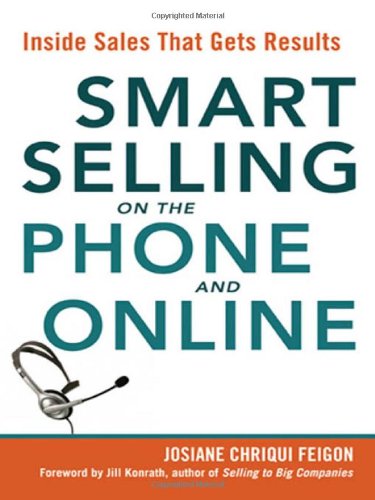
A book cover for Smart Selling on the Phone and Online: Inside Sales That Gets Results; Josiane Chriqui Feigon; Business & Money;